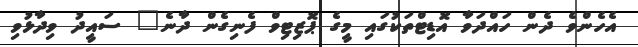
އެހެންވެ ދެން ހައްދަވާ އޮޑިޓްތަކުގައި މީގެ ޕޮޒިޓިވް ފެނިގެން ދާނެ" ސައީދު ވިދާޅުވި